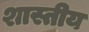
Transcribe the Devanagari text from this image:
शास्तीय